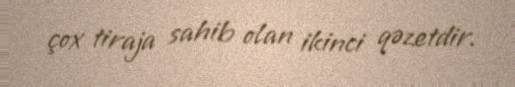
çox tiraja sahib olan ikinci qəzetdir.